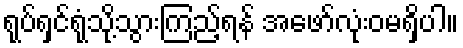
ရုပ်ရှင်ရုံသို့သွားကြည့်ရန် အဖော်လုံးဝမရှိပါ။